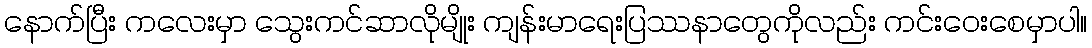
နောက်ပြီး ကလေးမှာ သွေးကင်ဆာလိုမျိုး ကျန်းမာရေးပြဿနာတွေကိုလည်း ကင်းဝေးစေမှာပါ။